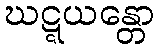
ဃဋ္ဋယန္တော